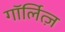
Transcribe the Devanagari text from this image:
गॉर्लित्ज़